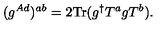
( g ^ { A d } ) ^ { a b } = 2 \mathrm { T r } ( g ^ { \dagger } T ^ { a } g T ^ { b } ) .